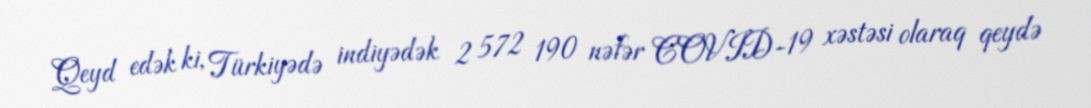
Qeyd edək ki, Türkiyədə indiyədək 2 572 190 nəfər COVID-19 xəstəsi olaraq qeydə